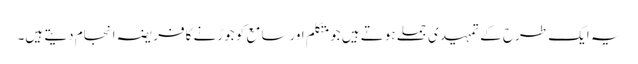
یہ ایک طرح کے تمہیدی جملے ہوتے ہیں جومتکلم اورسامع کو جوڑنے کافریضہ انجام دیتے ہیں۔